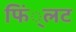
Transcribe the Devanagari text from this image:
फिं्लट